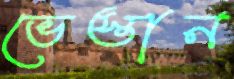
ভেস্তান